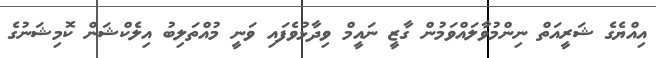
އިއްޔެގެ ޝަރީއަތް ނިންމުވާލައްވަމުން ގާޒީ ނައީމް ވިދާޅުވެފައި ވަނީ މުއްތަލިބު އިލެކްޝަން ކޮމިޝަނުގެ